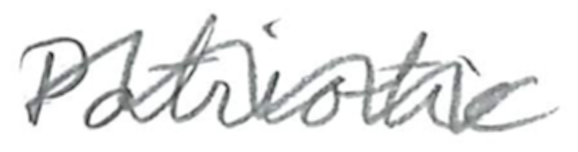
Text: Patriotic
Cross-out: wave
Writing tool: pencil